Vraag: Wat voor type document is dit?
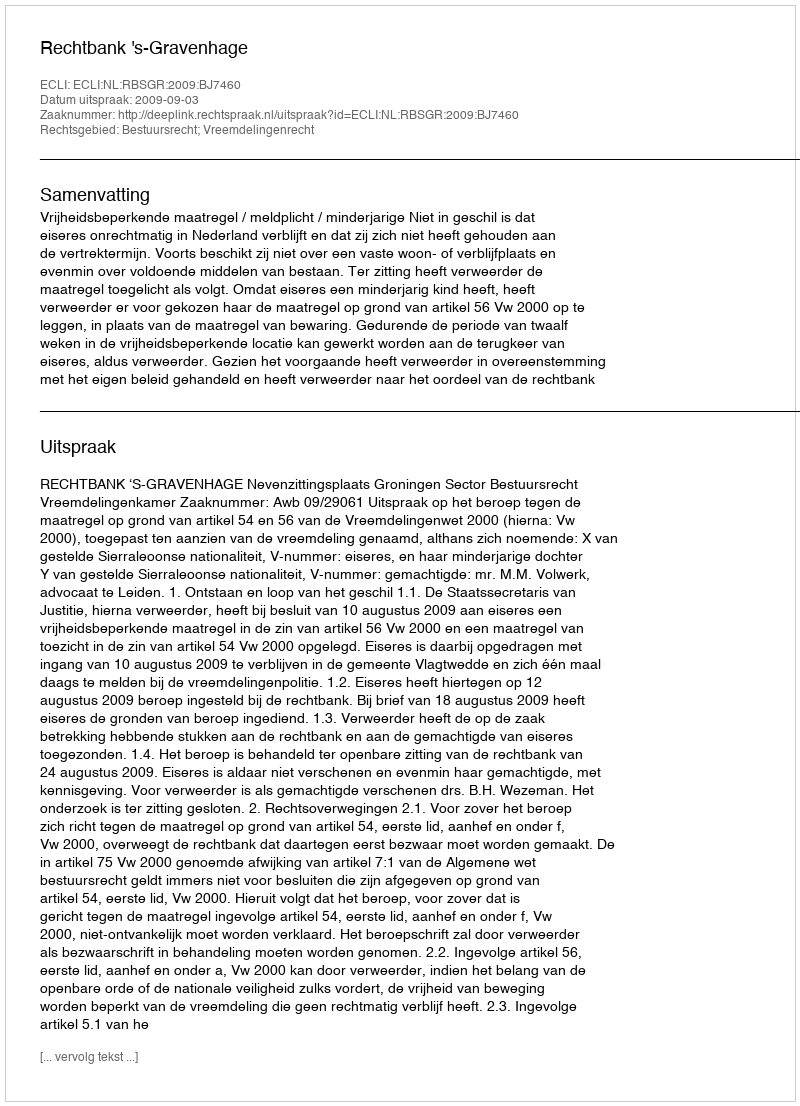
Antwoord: Uitspraak